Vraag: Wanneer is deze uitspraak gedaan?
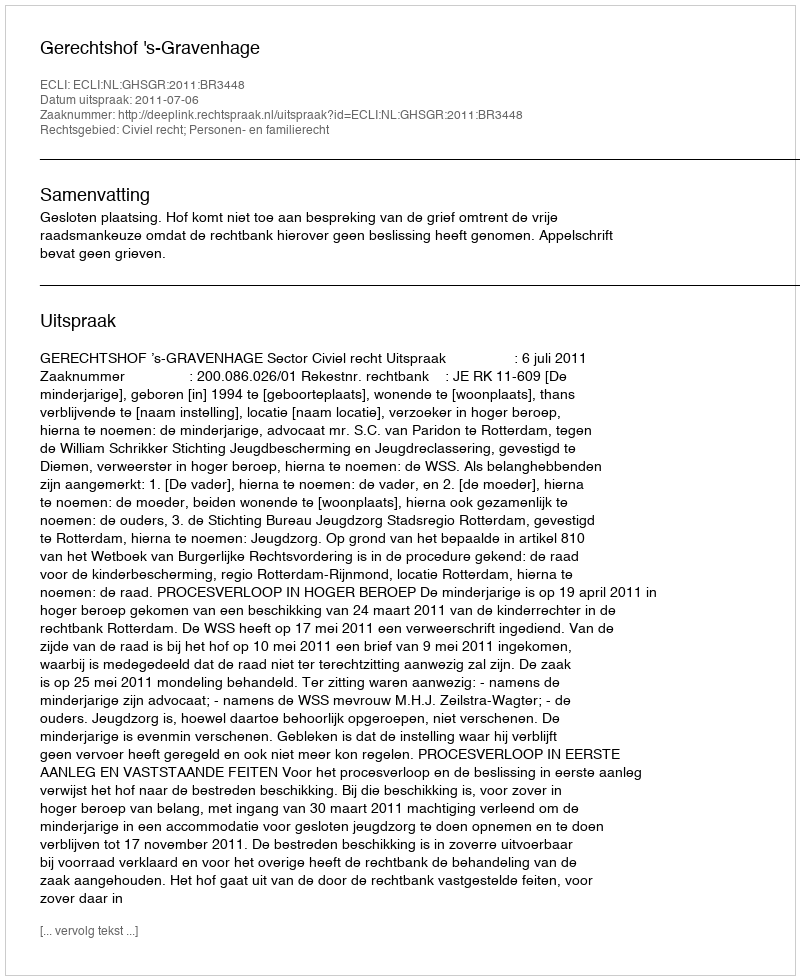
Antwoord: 2011-07-06